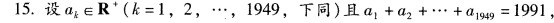
15.设ak∈R*(k=1，2，…，1949，下同)且a1+a2+…+a1949=1991，